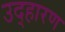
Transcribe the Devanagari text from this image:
उद्हारण